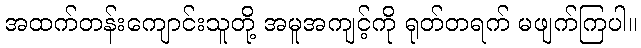
အထက်တန်းကျောင်းသူတို့ အမူအကျင့်ကို ရုတ်တရက် မဖျက်ကြပါ။